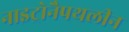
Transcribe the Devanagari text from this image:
नाइट्रोनैपथलीन